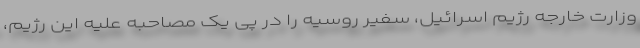
وزارت خارجه رژیم اسرائیل، سفیر روسیه را در پی یک مصاحبه علیه این رژیم،